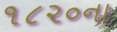
૧૮૨૦ના